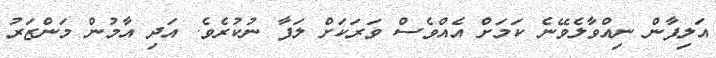
އަލިފާން ނިއްވާލެވޭނެ ކަމަށް އެއްވެސް ވަރަކަށް ލަފާ ނުކުރެވެ. އަދި އާމުން މަންޒަރު